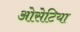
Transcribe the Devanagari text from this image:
ओसेटिया